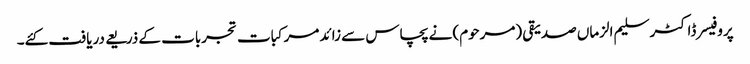
پروفیسر ڈاکٹر سلیم الزماں صدیقی (مرحوم) نے پچاس سے زائد مرکبات تجربات کے ذریعے دریافت کئے۔